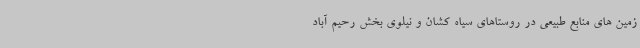
زمین های منابع طبیعی در روستاهای سیاه کشان و نیلوی بخش رحیم آباد